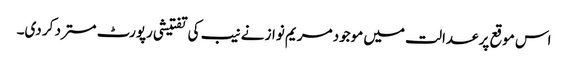
اس موقع پر عدالت میں موجود مریم نواز نے نیب کی تفتیشی رپورٹ مسترد کر دی۔